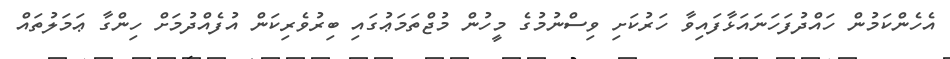
އެހެންކަމުން ހައްދުފަހަނައަޅާފައިވާ ހަރުކަށި ވިސްނުމުގެ މީހުން މުޖްތަމަޢުގައި ބިރުވެރިކަން އުފެއްދުމަށް ހިންގާ ޢަމަލުތައް